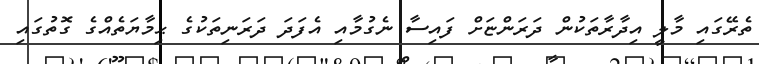
ތެރޭގައި މާލީ އިދާރާތަކުން ދަރަންޏަށް ފައިސާ ނެގުމާއި އެފަދަ ދަރަނިތަކުގެ ޙިމާޔަތެއްގެ ގޮތުގައި